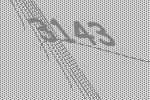
3143